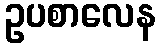
ဥပစာလေန